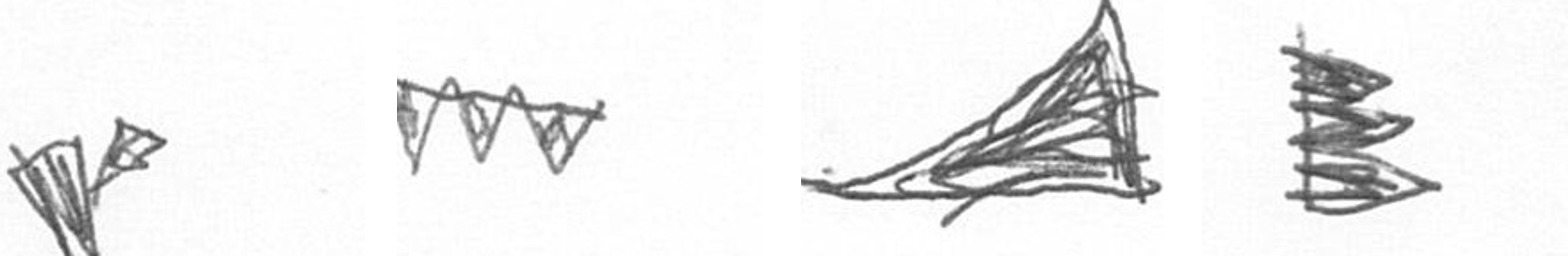
F L O H